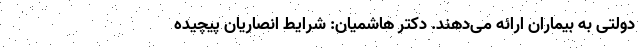
دولتی به بیماران ارائه می‌دهند. دکتر هاشمیان: شرایط انصاریان پیچیده